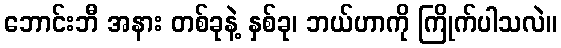
ဘောင်းဘီ အနား တစ်ခုနဲ့ နှစ်ခု၊ ဘယ်ဟာကို ကြိုက်ပါသလဲ။